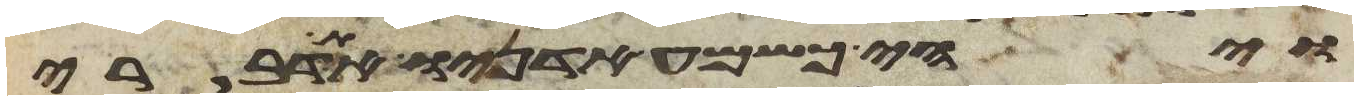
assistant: ויהי כשמע אדניו את דברי